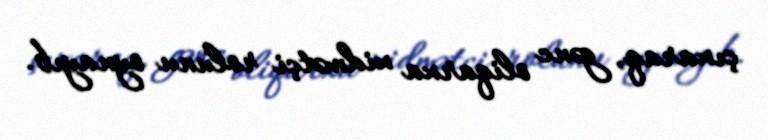
çıxaraq, gənc oliqarxa xidmətçi rolunu oynayıb.